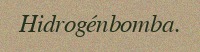
Hidrogénbomba.